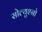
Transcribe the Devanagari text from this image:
सोल्युश्नो